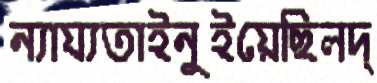
ন্যায্যতাইনুইয়েছিলদ্